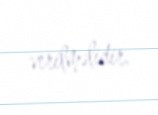
verilməlidir.